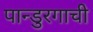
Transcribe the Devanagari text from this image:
पान्डुरगाची